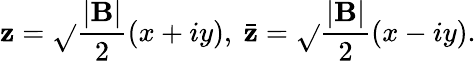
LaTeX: \mathbf{z}=\sqrt{}{{{\frac{{|\mathrm{{\mathbf{B}}}|}}{{2}}}}}(x+iy),~\bar{{\mathbf{z}}}=\sqrt{}{{{\frac{{|\mathrm{{\mathbf{B}}}|}}{{2}}}}}(x-iy).